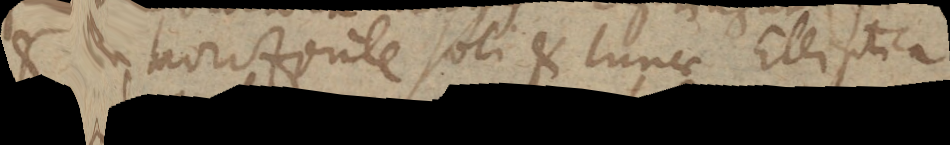
et in horizonte soli et lunae Elliptica